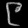
Digit: ၉